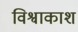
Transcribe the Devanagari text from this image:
विश्वाकाश